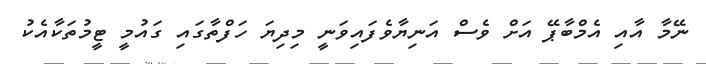
ނޭމާ އާއި އެމްބާޕޭ އަށް ވެސް އަނިޔާވެފައިވަނީ މިދިޔަ ހަފްތާގައި ގައުމީ ޓީމުތަކާއެކު